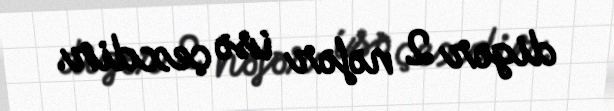
digər 2 nəfər isə çexdir.